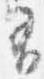
有